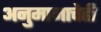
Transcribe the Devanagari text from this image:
अनुमानाचेही